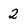
Character: 2